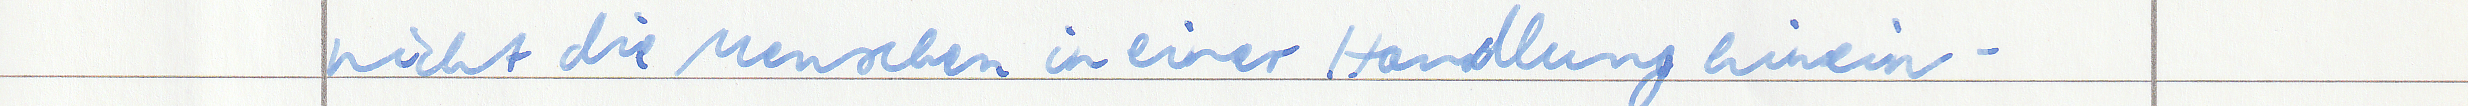
nicht die Menschen in einer Handlung hinein -